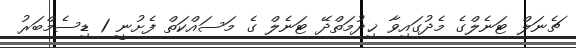
ޗެނަލް ޓަނެލްގެ މެދުގައިވާ ޚިދުމަތްދޭ ޓަނެލް ގެ މަސައްކަތް ފެށުނީ 1 ޑިސެމްބަރު